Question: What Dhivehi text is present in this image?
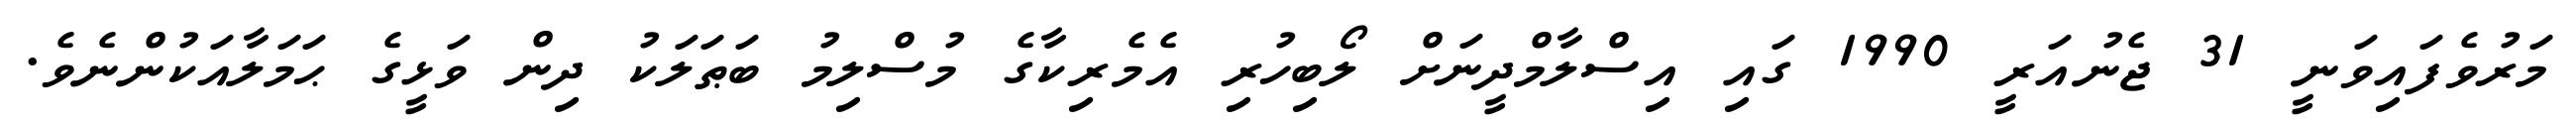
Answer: މަރުވެފައިވަނީ 31 ޖެނުއަރީ 1990 ގައި އިސްލާމްދީނަށް ލޯބިހުރި އެމެރިކާގެ މުސްލިމު ބަޠަލަކު ދިން ވަޅީގެ ޙަމަލާއަކުންނެވެ.